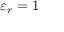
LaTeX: \varepsilon _ { r } = 1